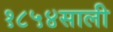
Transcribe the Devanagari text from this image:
१८५४साली